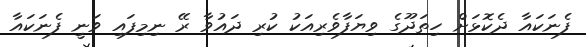
ފެނަކައާ ދެކޮޅަށް ހިތަދޫގެ ވިޔަފާވެރިއަކު ކުރި ދައުވާ ރޭ ނިމިފައި ވަނީ ފެނަކައާ